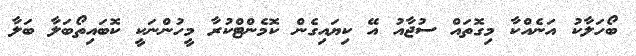
ބޯހަލާކު އަނެއްކާ މިގޮތައް ސުޖާއު އޭ ކިޔައިގެން ކޮމެންޓްކުރާ މީހުންނަކީ ކޮބައިތޯބަލާ ބަލާ